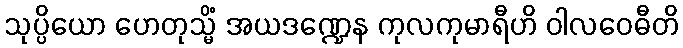
သုပ္ပိယော ဟေတုသ္မိံ အယဒဏ္ဍေန ကုလကုမာရီဟိ ဝါလဝေဓီတိ